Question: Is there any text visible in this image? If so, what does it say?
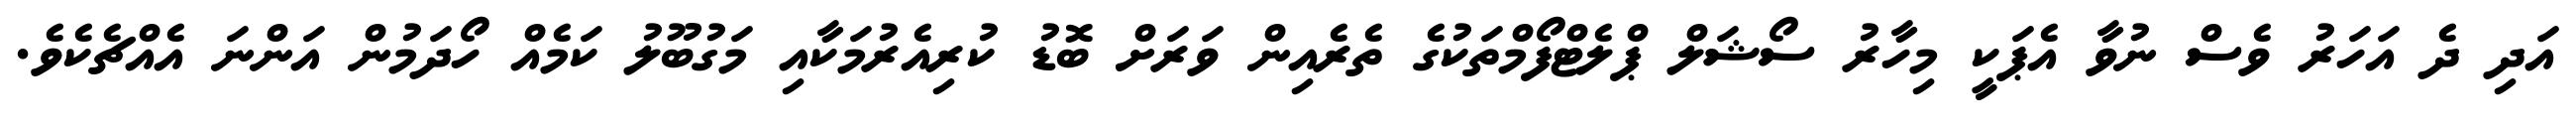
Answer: އަދި ދެ އަހަރު ވެސް ނުވާ އެޕަކީ މިހާރު ސޯޝަލް ޕްލެޓްފޯމްތަކުގެ ތެރެއިން ވަރަށް ބޮޑު ކުރިއެރުމަކާއި މަގުބޫލު ކަމެއް ހޯދަމުން އަންނަ އެއްޗެކެވެ.